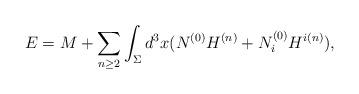
LaTeX: \begin{align*}E=M+\sum_{n\ge2}\int_\Sigma d^3x (N^{(0)}H^{(n)}+N_i^{(0)}H^{i(n)}),\end{align*}